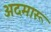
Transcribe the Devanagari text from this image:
अदमारू